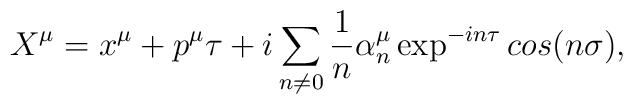
X^{\mu}=x^{\mu}+p^{\mu}\tau +i\sum_{n\neq 0}\frac{1}{n}\alpha^{\mu}_n\exp^{-i n\tau} cos(n\sigma), \nonumber